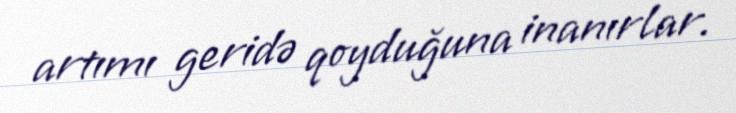
artımı geridə qoyduğuna inanırlar.